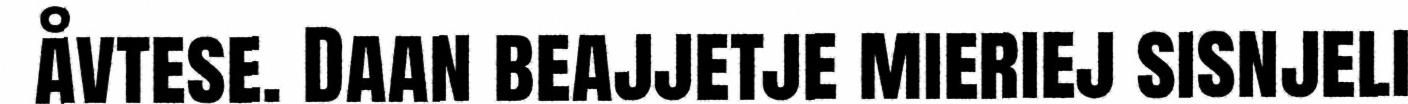
åvtese. Daan beajjetje mieriej sisnjeli